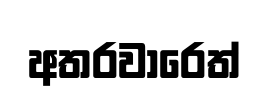
අතරවාරෙත්